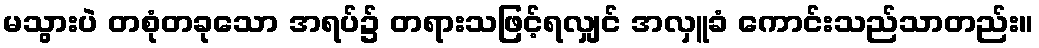
မသွားပဲ တစုံတခုသော အရပ်၌ တရားသဖြင့်ရလျှင် အလှူခံ ကောင်းသည်သာတည်း။